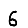
Digit: 6